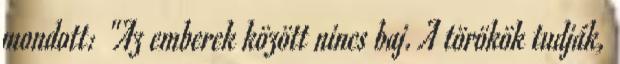
mondott: "Az emberek között nincs baj. A törökök tudják,